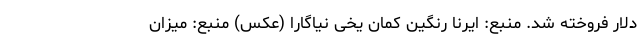
دلار فروخته شد. منبع: ایرنا رنگین کمان یخی نیاگارا (عکس) منبع: میزان